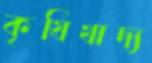
কৃষিখাদ্য